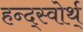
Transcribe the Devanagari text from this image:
हन्द्स्वोर्थ्